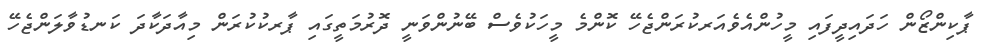
ޕާކިންޒޯން ހަދައިދީފައި މީހުންއެވެއަރކުރަންޖެހޭ ކޮންމެ މީހަކުވެސް ބޭނުންވަނީ ދޮރުމަތީގައި ޕާރކުކުރަން މިއާދަކާދަ ކަނޑުވާލަންޖެހޭ